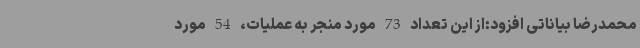
محمدرضا بیاناتی افزود:از این تعداد 73 مورد منجر به عملیات، 54 مورد